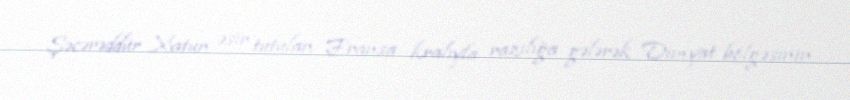
Şəcərəddür Xatun əsir tutulan Fransa kralıyla razılığa gələrək Dimyat bölgəsinin